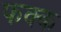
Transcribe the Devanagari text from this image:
फक्क